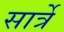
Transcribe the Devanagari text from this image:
सार्त्रे